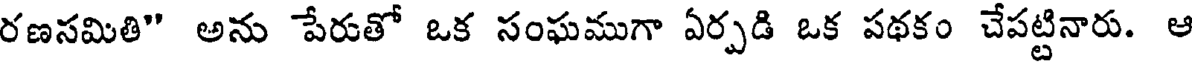
రణసమితి" అను పేరుతో ఒక సంఘముగా ఏర్పడి ఒక పథకం చేపట్టినారు. ఆ